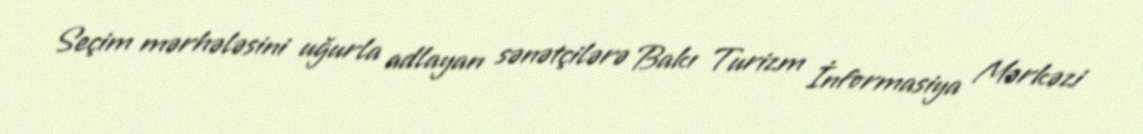
Seçim mərhələsini uğurla adlayan sənətçilərə Bakı Turizm İnformasiya Mərkəzi